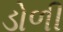
ડોળી